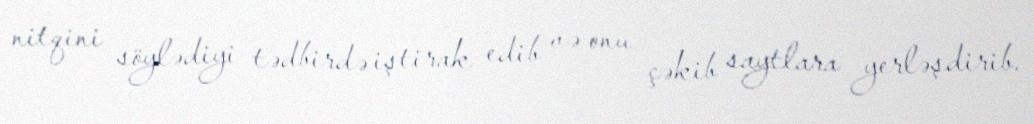
nitqini söylədiyi tədbirdə iştirak edib və onu çəkib saytlara yerləşdirib.